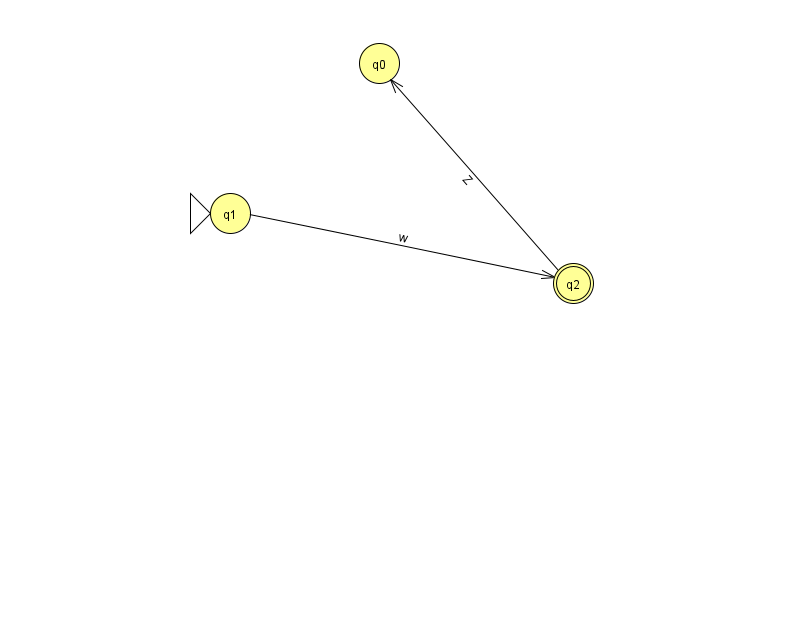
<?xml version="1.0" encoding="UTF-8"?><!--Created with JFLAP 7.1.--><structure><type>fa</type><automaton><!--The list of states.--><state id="0" name="q0"><x>379.0</x><y>50.0</y></state><state id="1" name="q1"><x>230.0</x><y>200.0</y><initial/></state><state id="2" name="q2"><x>573.0</x><y>270.0</y><final/></state><!--The list of transitions.--><transition><from>1</from><to>2</to><read>w</read></transition><transition><from>2</from><to>0</to><read>Z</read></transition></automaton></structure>